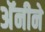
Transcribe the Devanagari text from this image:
अॅनीने